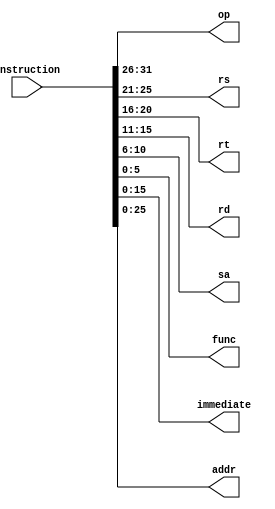
`timescale 1ns / 1ps
//////////////////////////////////////////////////////////////////////////////////
// Company: 
// Engineer: 
// 
// Design Name: 
// Module Name: InstructionCut
// Project Name: 
// Target Devices: 
// Tool Versions: 
// Description: 
// 
// Dependencies: 
// 
// Revision:
// Revision 0.01 - File Created
// Additional Comments:
// 
//////////////////////////////////////////////////////////////////////////////////

//
module InstructionCut(
        input [31:0] instruction,
        output reg[5:0] op,
        output reg[4:0] rs,
        output reg[4:0] rt,
        output reg[4:0] rd,
        output reg[4:0] sa,
        output reg[5:0] func,
        output reg[15:0] immediate,
        output reg[25:0] addr
    );
    
    initial begin
        op = 6'b000000;
        rs = 5'b00000;
        rt = 5'b00000;
        rd = 5'b00000;
        func = 6'b000000;
    end
    
    always@(instruction) 
    begin
        op = instruction[31:26];
        rs = instruction[25:21];
        rt = instruction[20:16];
        rd = instruction[15:11];
        sa = instruction[10:6];
        func = instruction[5:0];
        immediate = instruction[15:0];
        addr = instruction[25:0];
    end
endmodule